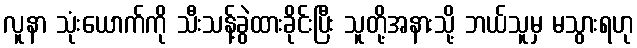
လူနာ သုံးယောက်ကို သီးသန့်ခွဲထားခိုင်းပြီး သူတို့အနားသို့ ဘယ်သူမှ မသွားရဟု